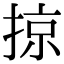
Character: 掠